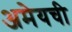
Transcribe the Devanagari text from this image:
अमेयची